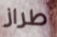
طراز